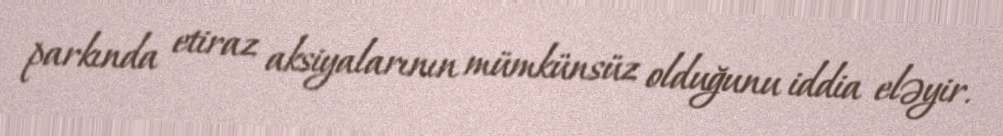
parkında etiraz aksiyalarının mümkünsüz olduğunu iddia eləyir.